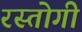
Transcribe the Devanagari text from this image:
रस्‍तोगी